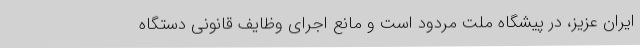
ایران عزیز، در پیشگاه ملت مردود است و مانع اجرای وظایف قانونی دستگاه